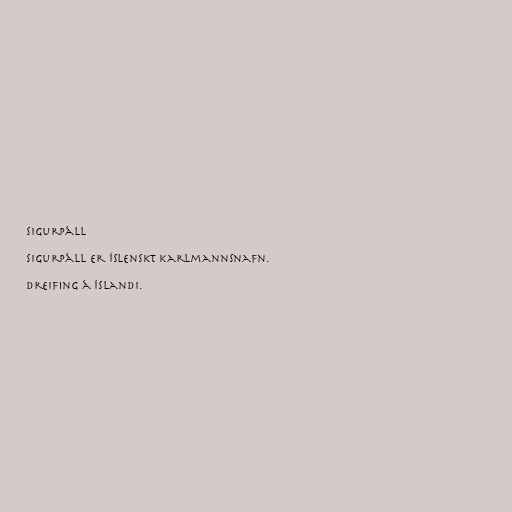
Sigurpáll

Sigurpáll er íslenskt karlmannsnafn.

Dreifing á Íslandi.